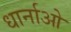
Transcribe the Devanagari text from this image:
धार्नाओ